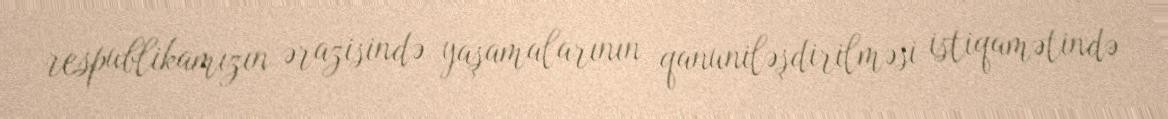
respublikamızın ərazisində yaşamalarının qanuniləşdirilməsi istiqamətində